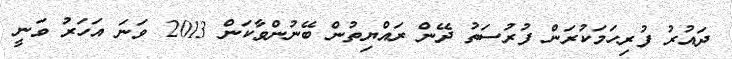
ދައުރު ފުރިހަަމަކުރަން ފުރުސަތު ދޭން ރައްޔިތުން ބޭނުންވާކަން 2013 ވަނަ އަހަރު ވަނީ